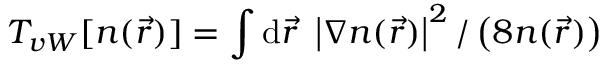
T _ { v W } [ n ( \vec { r } ) ] = \int { \mathrm { d } } \vec { r } ~ \left| \nabla n ( \vec { r } ) \right| ^ { 2 } / \left( 8 n ( \vec { r } ) \right)